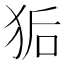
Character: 𮳽